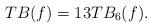
LaTeX: \begin{align*}TB(f)=13TB_{6}(f).\end{align*}